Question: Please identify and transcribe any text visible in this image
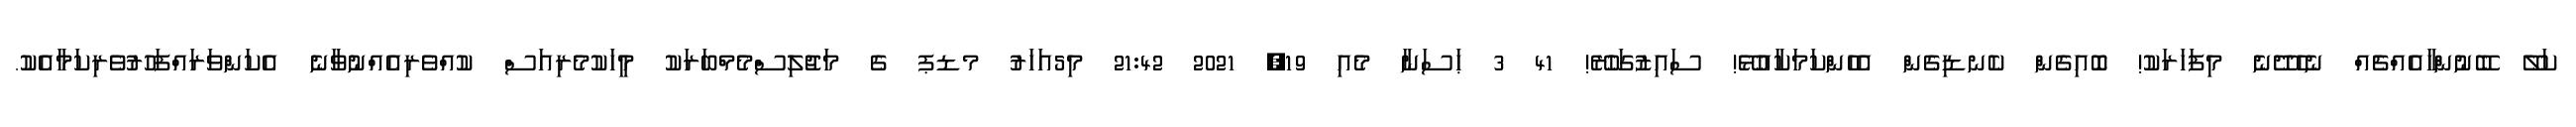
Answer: ކަލޭ ބޭނުންހާއެއްޗެއް ނެހެދޭނެ މިފަހަރަކު! ބޮއިގެން ކެނޑިގެން އެހެންކަމަކާއުޅޭ! ސައިޒުގަހުރޭ! 41 3 ޙަސަނާ މެއި 19, 2021 21:42 މި5އަހަރު މޑޕ ގެ މަޖުލިސްމެމްބަރަކު މީހަކުމެރިއަސް ކުއްވެރިއެއްނުވާނެ އެކަންވަރައްފަހުރުވެރިކަމާއެކު.